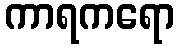
ကာရကရော